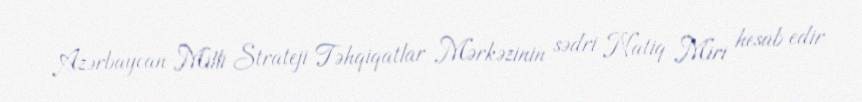
Azərbaycan Milli Strateji Təhqiqatlar Mərkəzinin sədri Natiq Miri hesab edir